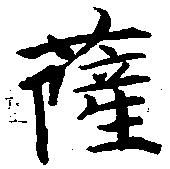
薩